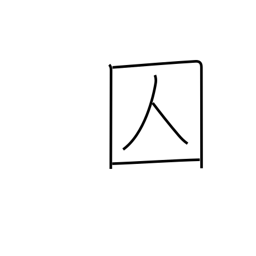
Meaning: criminal